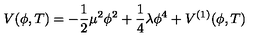
V ( \phi , T ) = - { \frac { 1 } { 2 } } \mu ^ { 2 } \phi ^ { 2 } + \frac { 1 } { 4 } \lambda \phi ^ { 4 } + V ^ { ( 1 ) } ( \phi , T )